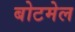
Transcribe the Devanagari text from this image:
बोटमेल